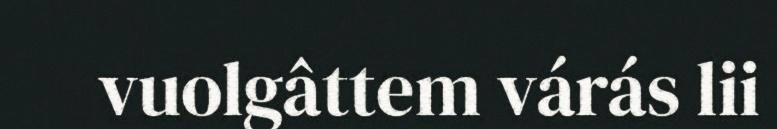
vuolgâttem várás lii